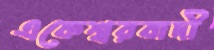
একেশ্বরবাদী